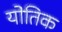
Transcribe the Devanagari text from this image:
योतिक